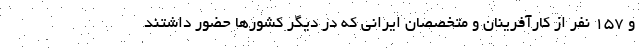
و ۱۵۷ نفر از کارآفرینان و متخصصان ایرانی که در دیگر کشورها حضور داشتند